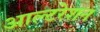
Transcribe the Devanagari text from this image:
आल्टरेशन